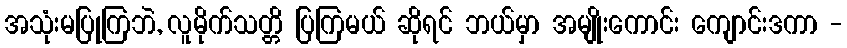
အသုံးမပြုကြဘဲ, လူမိုက်သတ္တိ ပြကြမယ် ဆိုရင် ဘယ်မှာ အမျိုးကောင်း ကျောင်းဒကာ -